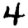
Digit: 4